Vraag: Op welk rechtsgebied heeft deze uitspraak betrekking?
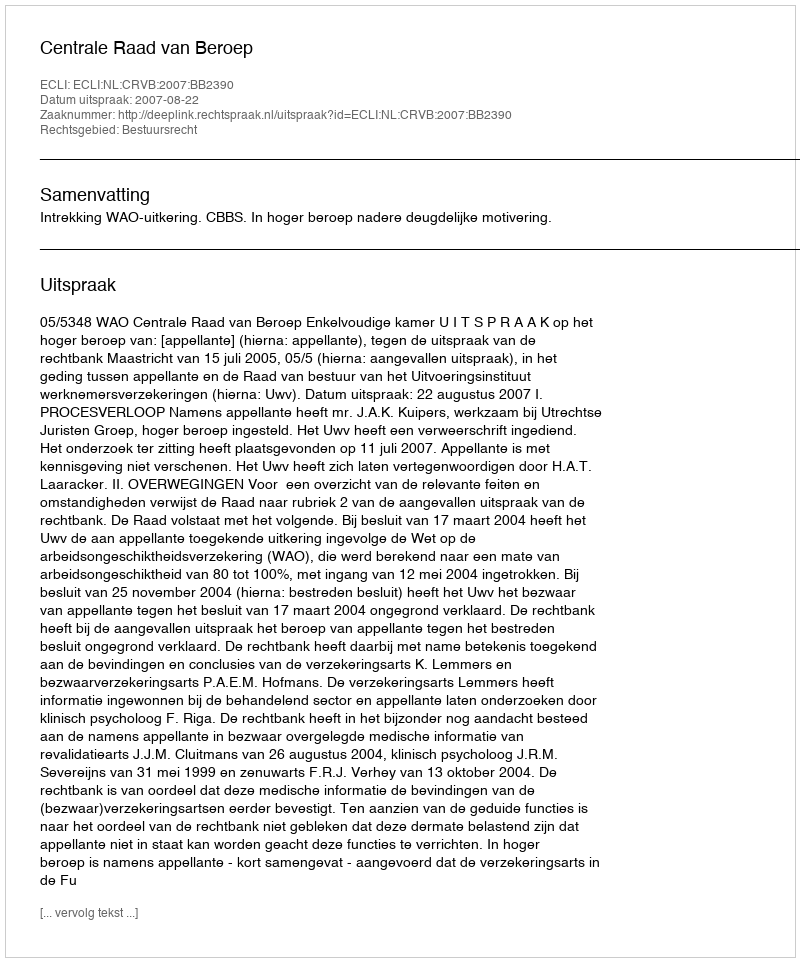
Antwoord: Bestuursrecht